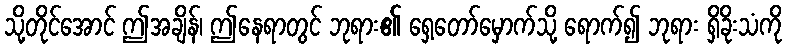
သို့တိုင်အောင် ဤအချိန်၊ ဤနေရာတွင် ဘုရား၏ ရှေ့တော်မှောက်သို့ ရောက်၍ ဘုရား ရှိခိုးသံကို